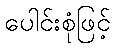
ပေါင်းစုံဖြင့်